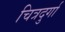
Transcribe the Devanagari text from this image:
चित्रदुर्गा